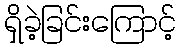
ရှိခဲ့ခြင်းကြောင့်